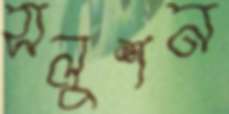
সলুশন